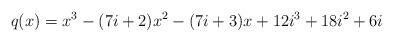
LaTeX: \begin{align*}q(x)= x^3 -(7i+2)x^2 -(7i+3)x +12i^3 +18i^2 +6i\end{align*}